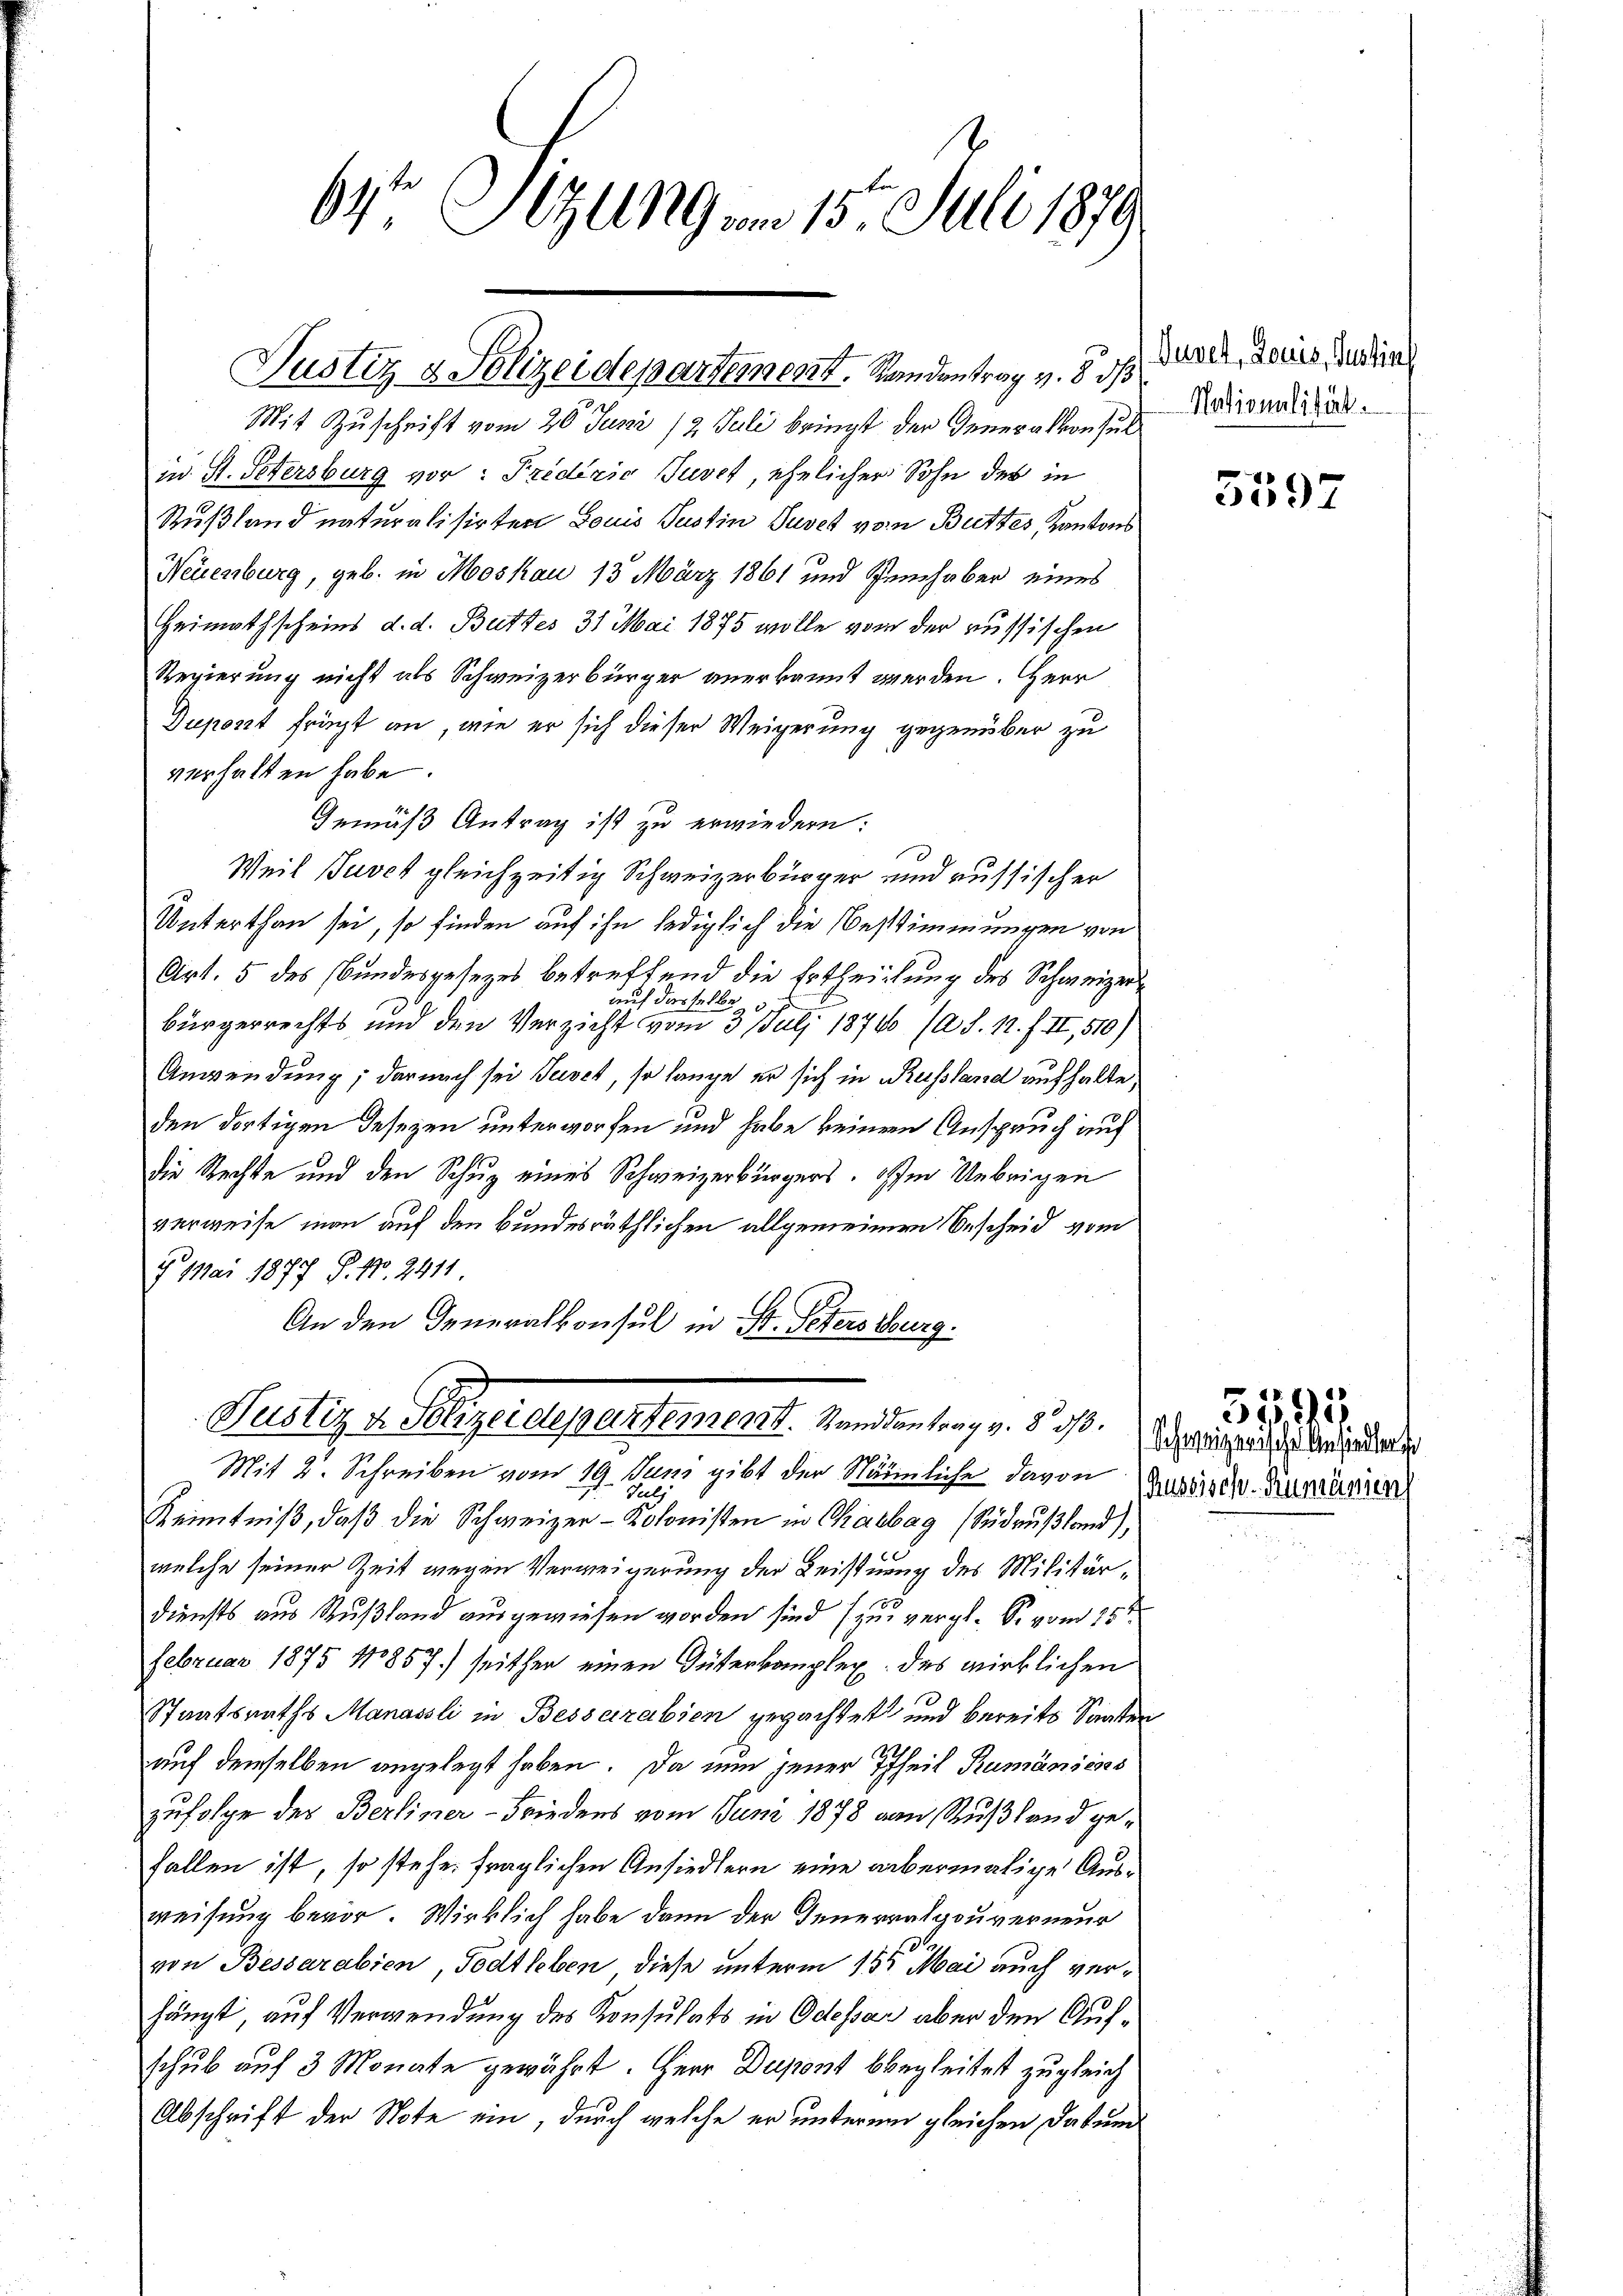
64 Sizung am 15. Juli 1879

Justiz- & Polizeidepartement. Standentrag v. 8. ds

Mit Zuschrift vom 26. Juni /2 Juli bringt der Generalkonsul
w. St. Petersburg vor: Fredizio Juvet, ehelicher Sohn des in
Rußland naturalisirten Louis Justin Suvet vom Buttes, Kantons
Neuenburg, geb. in Moskau 13 März 1861 und Penchaber eines
Heimathscheins d. d. Butter 31 Mai 1875 wolle von der russischen
Regierung nicht als Schweizerbürger anerkannt werden. Herr
Dupost frägt an, wie er sich dieser Weigerung gegenüber zu
verhalten habe.
Gemäß Antrag ist zu erwiedern:
Weil Burck gleichzeitig Schweizerbürger und aussischer
Unterthan sei, so finden auf ihn lediglich die Bestimmungen von
Art. 5 des Bundesgesezes betreffend die Ertheilung des Schweizer
auf dies selbe
bürgerrechts und den Verzieht vom 3. Juli 18740 (a S. 12. f. II, 510)
Anwendung; der nach sei Punct, so lange er sich in Russland aufhalte,
den dortigen Desezen unterworfen und habe keinem Anspruch auf
die Rechte und den Schuz eines Schweizerbürgers, offen Uebrigen
verweise man auf den bundesräthlichen allgemeinen Bescheid vom
7 Mai 1877 P. Nr. 2411
An den Generalkonsul in St. Peters Burg.
Justiz v. Meyerepartement. und den trag v. 8. 90 (Steinheit der Brigade der
Mit 2. Schreiben vom 19. Juni gibt der Nämliche davon Zurdisch. Rumänien
Kenntniß, daß die Schweizer-Kolonisten in Chaebag (Sudaußland),
welche seiner Zeit wegen Verweigerung der Leistung des Militär¬
Diensts aus Rußland ausgewiesen worden sind (zu vergl. S. vom 15ten
Februar 1875 1857.) seither einen Güterkomplex des wirklichen
Staatsraths Manassli in Besserabien gepachtet und bereits Santen
auf demselben angelegt haben. Da nun jener Theil Rumäniens
zufolge des Berliner-Friedens vom Juni 1878 von Rußland gefallen ist, so stehe fraglichen Ansiedlern eine abermalige Ausweisung bevor. Wirklich habe dann der Generralgouverneur
von Bessarabien, Todtleben, diese unterm 15ten Mai auch verhängt auf Verwendung des Konsulats in Odessar aber den Aufschub auf 3 Monate gewährt. Herr Dupont begleitet zugleich
Abschrift der Note ein, durch welche er unterem gleichen Datum

Duvet, Louis, Justins
Nationalität.

3597

5545